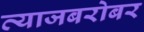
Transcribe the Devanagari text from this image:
त्याजबरोबर